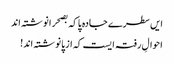
ایں سطرے جادہ پا کہ بصحرا نوشتہ اند
احوالِ رفتہ ایست کہ از پا نوشتہ اند!